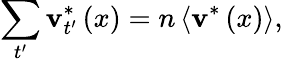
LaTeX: \sum_{t^{\prime}}\textbf{v}_{t^{\prime}}^{*}\left(x\right)=n\left<\textbf{v}^{*}\left(x\right)\right>,